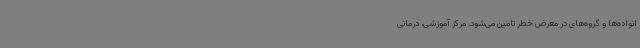
انواده‌ها و گروه‌های در معرض خطر تامین می‌شود. مرکز آموزشی، درمانی